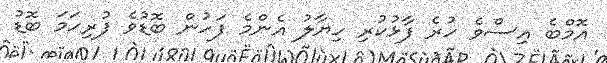
އޮމްބެ އިސްވެ ހުރެ ފާޅުކުރި ހިޔާލު އެންމެ ފަހުން ބޮޑުވެ ފުރިހަމަ ބޮޑު